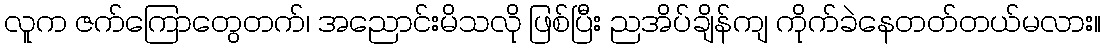
လူက ဇက်ကြောတွေတက်၊ အညောင်းမိသလို ဖြစ်ပြီး ညအိပ်ချိန်ကျ ကိုက်ခဲနေတတ်တယ်မလား။